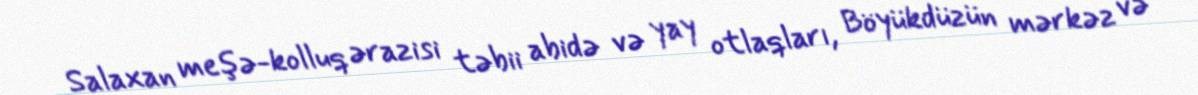
Salaxan meşə-kolluq ərazisi təbii abidə və yay otlaqları, Böyükdüzün mərkəz və